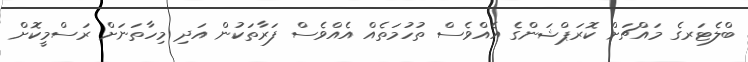
ބްލެޓަރގެ މައްޗަށް ކޮރަޕްޝަންގެ އެއްވެސް ތުހުމަތެއް އެއްވެސް ފަރާތަކުން އަދި މިހާތަނަށް ރަސްމީކޮށް